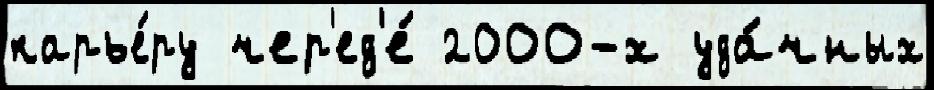
карье́ру чер'ед'е́ 2000-х уда́чных